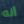
أنه